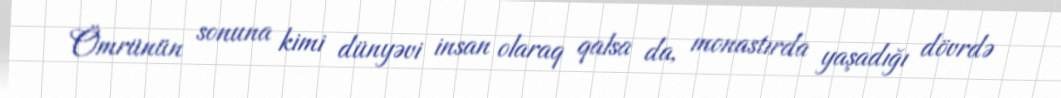
Ömrünün sonuna kimi dünyəvi insan olaraq qalsa da, monastırda yaşadığı dövrdə